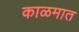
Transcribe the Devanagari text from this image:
काळमात